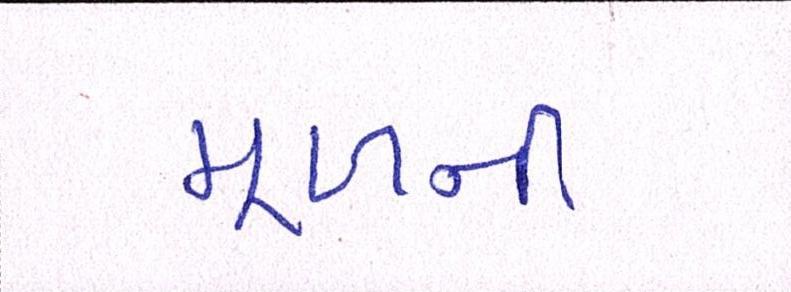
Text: મૂળની